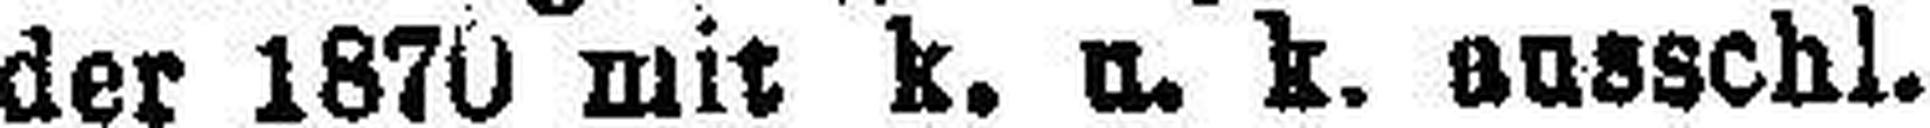
der 1870 mit k. u. k. ausschl.